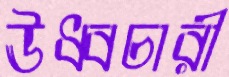
ঊধ্বচারী